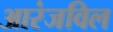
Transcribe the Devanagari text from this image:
आरंजविल